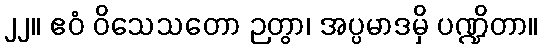
၂၂။ ဧဝံ ဝိသေသတော ဉတွာ၊ အပ္ပမာဒမှိ ပဏ္ဍိတာ။